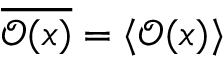
\overline { { \mathcal { O } ( \boldsymbol { x } ) } } = \langle \mathcal { O } ( \boldsymbol { x } ) \rangle